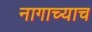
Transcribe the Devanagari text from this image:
नागाच्याच